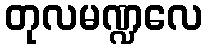
တုလမဏ္ဍလေ